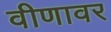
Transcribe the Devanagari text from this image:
वीणावर